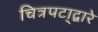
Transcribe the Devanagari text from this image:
चित्रपटा्द्वारे